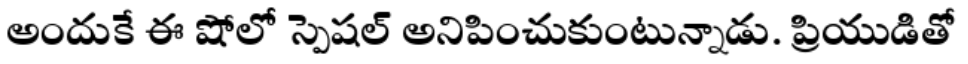
అందుకే ఈ షోలో స్పెషల్ అనిపించుకుంటున్నాడు. ప్రియుడితో